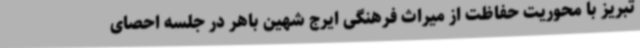
تبریز با محوریت حفاظت از میراث فرهنگی ایرج شهین باهر در جلسه احصای